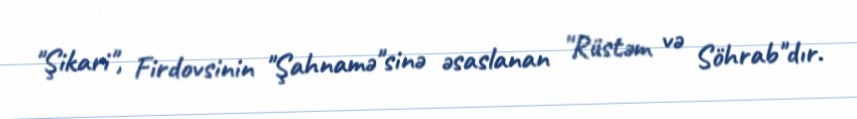
"Şikari", Firdovsinin "Şahnamə"sinə əsaslanan "Rüstəm və Söhrab"dır.